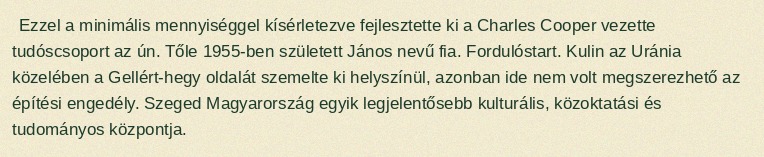
Ezzel a minimális mennyiséggel kísérletezve fejlesztette ki a Charles Cooper vezette tudóscsoport az ún. Tőle 1955-ben született János nevű fia. Fordulóstart. Kulin az Uránia közelében a Gellért-hegy oldalát szemelte ki helyszínül, azonban ide nem volt megszerezhető az építési engedély. Szeged Magyarország egyik legjelentősebb kulturális, közoktatási és tudományos központja.